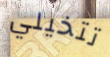
تتخيلي